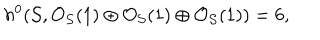
LaTeX: h ^ { 0 } ( { \cal S } , { \cal O } _ { { \cal S } } ( 1 ) \oplus { \cal O } _ { { \cal S } } ( 1 ) \oplus { \cal O } _ { { \cal S } } ( 1 ) ) = 6 ,